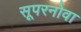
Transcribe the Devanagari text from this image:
सूपरनोवा